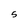
Character: S